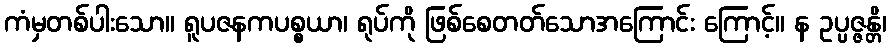
ကံမှတစ်ပါးသော။ ရူပဇနကပစ္စယာ၊ ရုပ်ကို ဖြစ်စေတတ်သောအကြောင်း ကြောင့်။ န ဥပ္ပဇ္ဇန္တိ၊